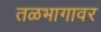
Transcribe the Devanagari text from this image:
तळभागावर